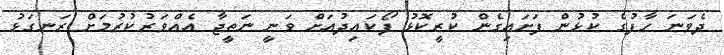
ދެވަނަ ހާފުގެ ކުޅުން ފަށައިގެން ކުރީކޮޅު ފޯކައިދުއަށް ވަނީ ނަތީޖާ އެއްވަރުކުރުމަށް ރަނގަޅު